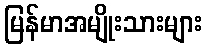
မြန်မာအမျိုးသားများ